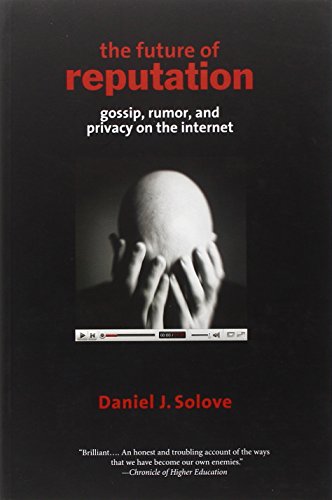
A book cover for The Future of Reputation: Gossip, Rumor, and Privacy on the Internet; Daniel J. Solove; Computers & Technology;